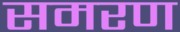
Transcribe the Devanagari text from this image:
समरण